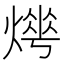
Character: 𤍺